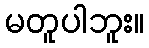
မတူပါဘူး။